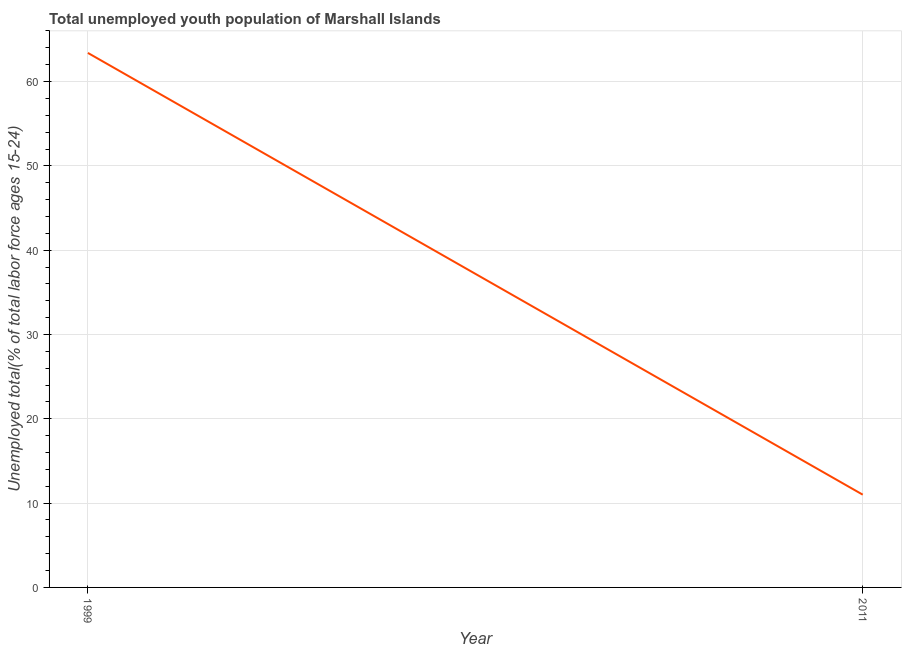
| Year | Unemployment youth total |
 | --- | --- |
 | 1999 | 63.4 |
 | 2011 | 11 |